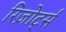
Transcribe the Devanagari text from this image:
रिज़ोर्ट्स